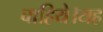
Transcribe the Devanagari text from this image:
चाहिये।यह